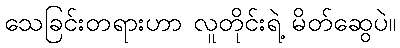
သေခြင်းတရားဟာ လူတိုင်းရဲ့ မိတ်ဆွေပဲ။